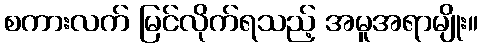
စကားလက် မြင်လိုက်ရသည့် အမူအရာမျိုး။